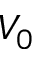
V _ { 0 }